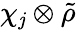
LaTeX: \chi_{\mathit{j}}\otimes{\tilde{{\rho}}}